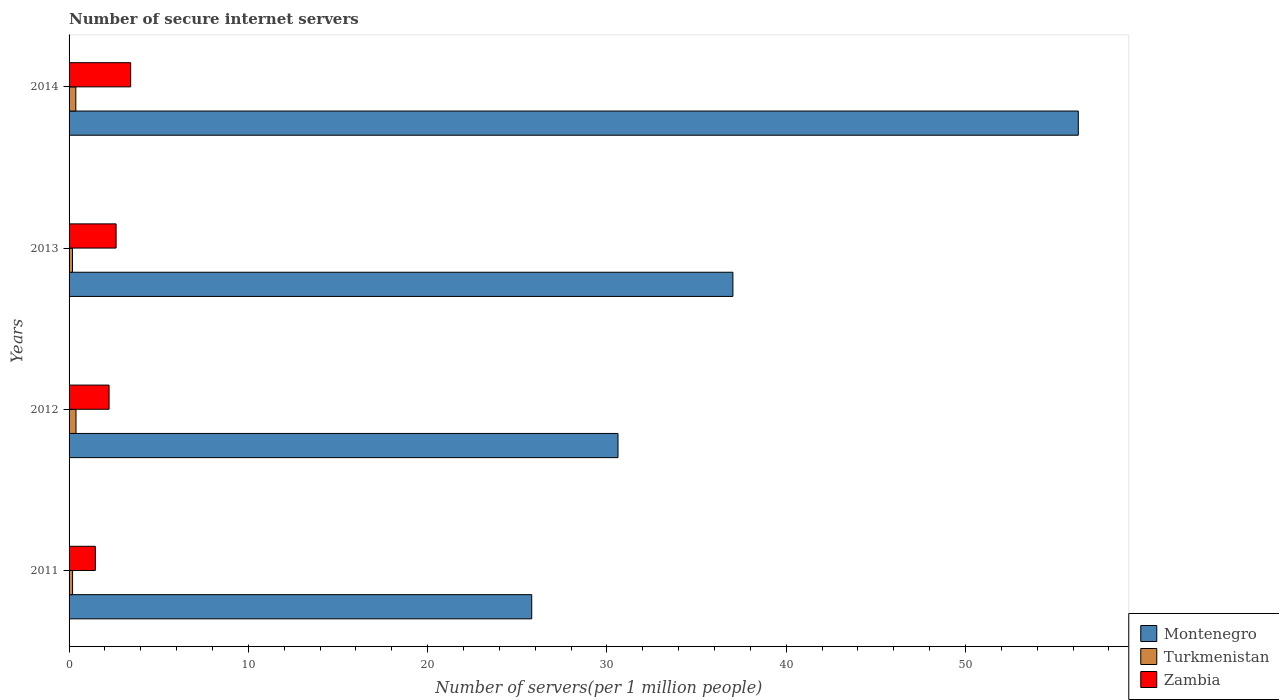
| Years | Montenegro | Turkmenistan | Zambia |
 | --- | --- | --- | --- |
 | 2011 | 25.8 | 0.196 | 1.46 |
 | 2012 | 30.6 | 0.387 | 2.23 |
 | 2013 | 37 | 0.191 | 2.62 |
 | 2014 | 56.3 | 0.377 | 3.43 |